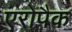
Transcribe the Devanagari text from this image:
एरोपैक